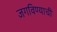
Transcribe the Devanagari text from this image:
जगविण्याची